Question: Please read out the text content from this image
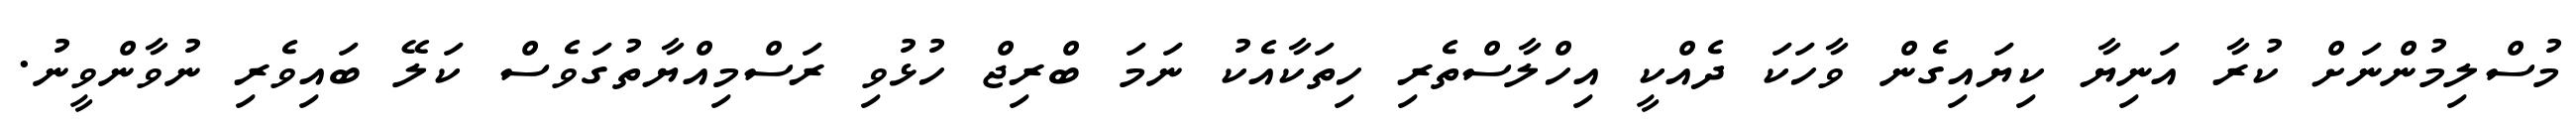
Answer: މުސްލިމުންނަށް ކުރާ އަނިޔާ ކިޔައިގެން ވާހަކަ ދެއްކީ އިހްލާސްތެރި ހިތަކާއެކު ނަމަ ބްރިޖް ހުޅުވި ރަސްމިއްޔާތުގަވެސް ކަލޭ ބައިވެރި ނުވާންވީނު.